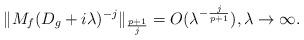
LaTeX: \begin{align*} \|M_f(D_g+i\lambda)^{-j}\|_{\frac{p+1}{j}} = O(\lambda^{-\frac{j}{p+1}}),\lambda\to\infty. \end{align*}